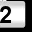
Digit: 2